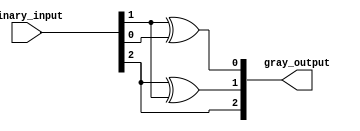
module gray_code_encoder (
    input [2:0] binary_input,  // 3-bit binary input
    output reg [2:0] gray_output // 3-bit Gray code output
);

// Combinational logic to convert binary to Gray code
always @(*) begin
    gray_output[2] = binary_input[2];              // G2 = B2
    gray_output[1] = binary_input[2] ^ binary_input[1]; // G1 = B2 XOR B1
    gray_output[0] = binary_input[1] ^ binary_input[0]; // G0 = B1 XOR B0
end

endmodule